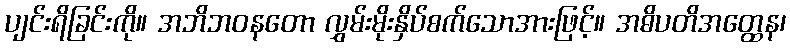
ပျင်းရိခြင်းကို။ အဘိဘဝနတော လွှမ်းမိုးနှိပ်စက်သောအားဖြင့်။ အဓိပတိအတ္ထေန၊